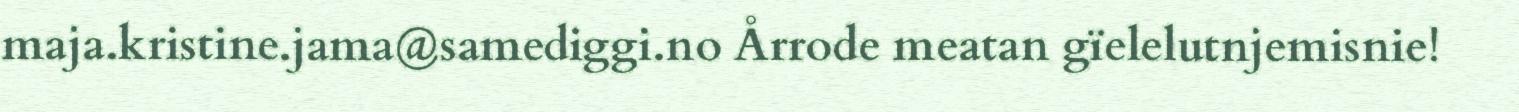
maja.kristine.jama@samediggi.no Årrode meatan gïelelutnjemisnie!